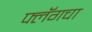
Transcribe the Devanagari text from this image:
फ्लॅगचा